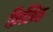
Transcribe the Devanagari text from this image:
क्रिस्पिस